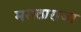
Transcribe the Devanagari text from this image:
मराठाराज्य